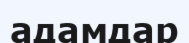
адамдар